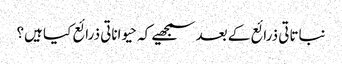
نباتاتی ذرائع کے بعد سمجھیے کہ حیواناتی ذرائع کیا ہیں؟